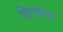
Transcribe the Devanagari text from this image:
हिचाच